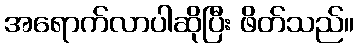
အရောက်လာပါဆိုပြီး ဖိတ်သည်။